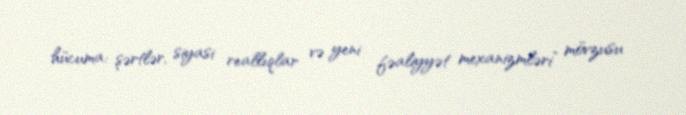
hücuma: şərtlər, siyasi reallıqlar və yeni fəaliyyət mexanizmləri” mövzusu